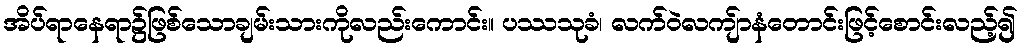
အိပ်ရာနေရာ၌ဖြစ်သောချမ်းသားကိုလည်းကောင်း။ ပဿသုခံ၊ လက်ဝဲလကျ်ာနံတောင်းဖြင့်စောင်းလည့်၍